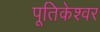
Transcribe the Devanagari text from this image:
पूतिकेश्वर